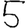
Digit: 5